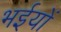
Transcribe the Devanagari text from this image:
भईयों